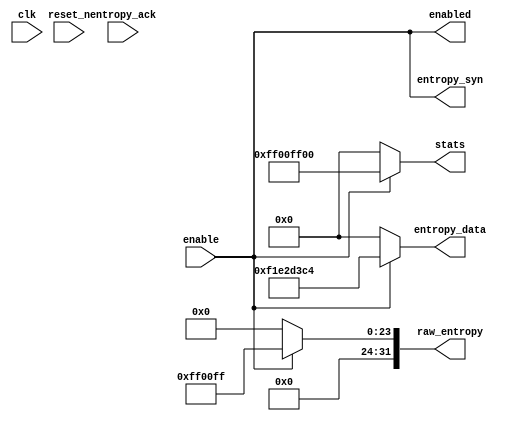
module pseudo_entropy(
                      input wire           clk,
                      input wire           reset_n,
                      input wire           enable,
                      output wire [31 : 0] raw_entropy,
                      output wire [31 : 0] stats,
                      output wire          enabled,
                      output wire          entropy_syn,
                      output wire [31 : 0] entropy_data,
                      input wire           entropy_ack
                     );
  assign enabled      = enable;
  assign raw_entropy  = enable ? 32'h00ff00ff : 32'h00000000;
  assign stats        = enable ? 32'hff00ff00 : 32'h00000000;
  assign entropy_syn  = enable;
  assign entropy_data = enable ? 32'hf1e2d3c4 : 32'h00000000;
endmodule